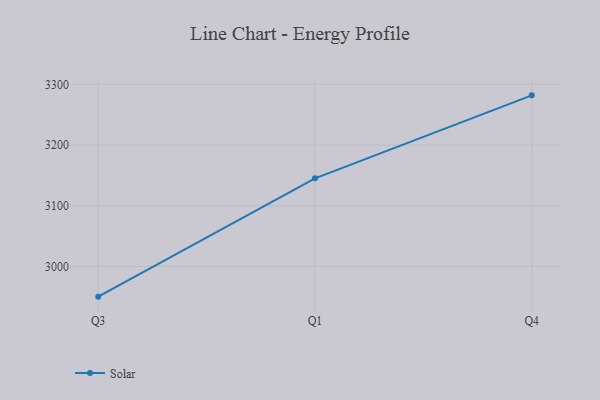
{"axis": {"x": "Quarter", "y": "Satisfaction Score"}, "legend": ["Solar"], "data": [{"x": "Q3", "y": 2950.3, "type": "Solar"}, {"x": "Q1", "y": 3145.2, "type": "Solar"}, {"x": "Q4", "y": 3281.9, "type": "Solar"}]}